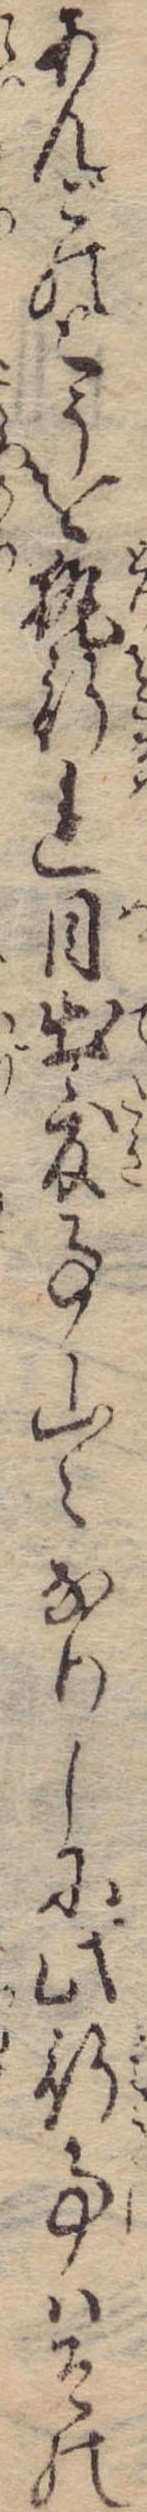
あんごのとうを執行れ目出度事山々なりしに此行事はその